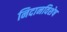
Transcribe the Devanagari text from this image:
निदानविशेष